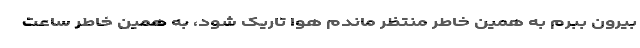
بیرون ببرم به همین خاطر منتظر ماندم هوا تاریک شود، به همین خاطر ساعت